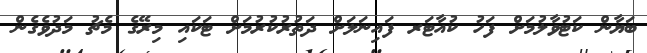
ބަޔާން ކަޓުވާލުމަށް ފަހު ކުއާޓަރ ފައިނަލަށް ދަތުރުކުރުމަށް ޓަކައި މިރޭގެ މެޗު މަދުވެގެން